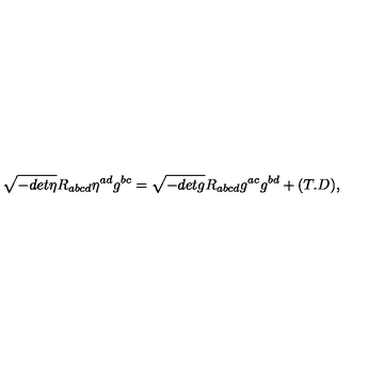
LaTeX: \sqrt { - d e t \eta } R _ { a b c d } \eta ^ { a d } g ^ { b c } = \sqrt { - d e t g } R _ { a b c d } g ^ { a c } g ^ { b d } + ( T . D ) ,